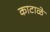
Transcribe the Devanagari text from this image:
काटाळे